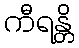
ကီရန္တိ